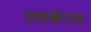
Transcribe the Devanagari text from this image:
एसकेएस